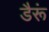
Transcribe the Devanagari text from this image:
डैरूं